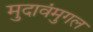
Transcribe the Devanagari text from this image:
मुदावंमुगल